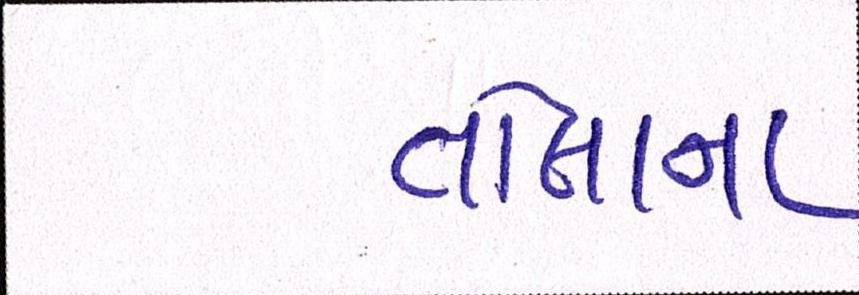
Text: તોલાના